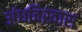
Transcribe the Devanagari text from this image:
अंधविस्वास